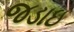
જડાઇ